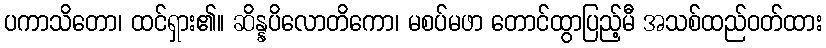
ပကာသိတော၊ ထင်ရှား၏။ ဆိန္နပိလောတိကော၊ မစပ်မဖာ တောင်ထွာပြည့်မီ အသစ်ထည်ဝတ်ထား